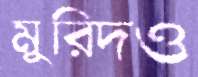
মুরিদও